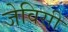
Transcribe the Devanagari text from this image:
जेविसी